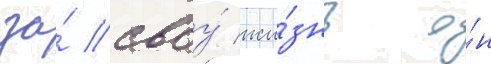
за́ своу́ жи́знь о́н